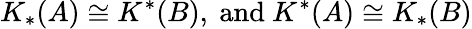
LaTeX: K_{*}(A)\cong K^{*}(B),\ \mathrm{and}\ K^{*}(A)\cong K_{*}(B)